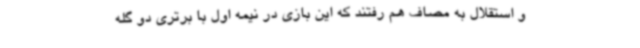
و استقلال به مصاف هم رفتند که این بازی در نیمه اول با برتری دو گله